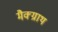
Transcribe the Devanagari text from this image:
मैक्ग्राथ